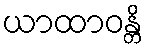
ယာထာဝန္တိ